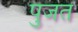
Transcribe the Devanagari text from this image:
पुजत